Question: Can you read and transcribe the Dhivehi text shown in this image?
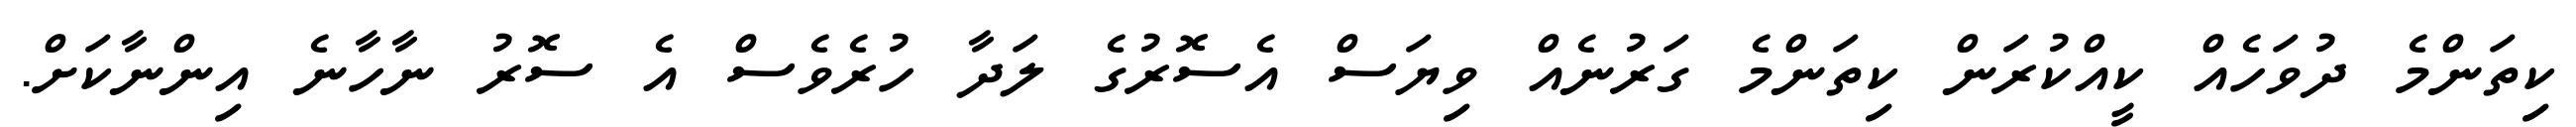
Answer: ކިތަންމެ ދުވަހެއް ކީއްކުރަން ކިތަންމެ ގަރުނެއް ވިޔަސް އެސޮރުގެ ލަދާ ހުރެވެސް އެ ސޮރު ނާހާނެ އިންނާކަށް.